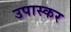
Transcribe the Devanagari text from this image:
उपास्कर